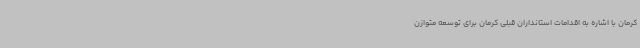
کرمان با اشاره به اقدامات استانداران قبلی کرمان برای توسعه متوازن